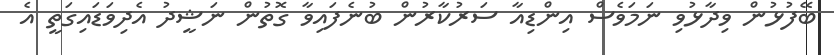
ބޭފުޅުން ވިދާޅުވި ނަމަވެސް އިންޑިއާ ސަރުކާރުން ބުނެފައިވާ ގޮތުން ނަޝީދު އެދިވަޑައިގަތީ އެ